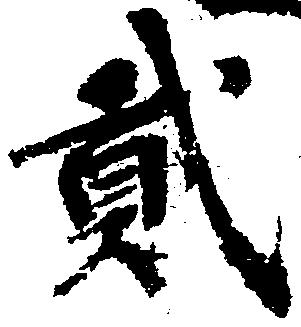
弐